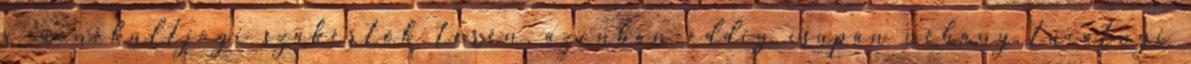
a menekültjogi szakértők terén, azonban eddig csupán néhány tucatnyi